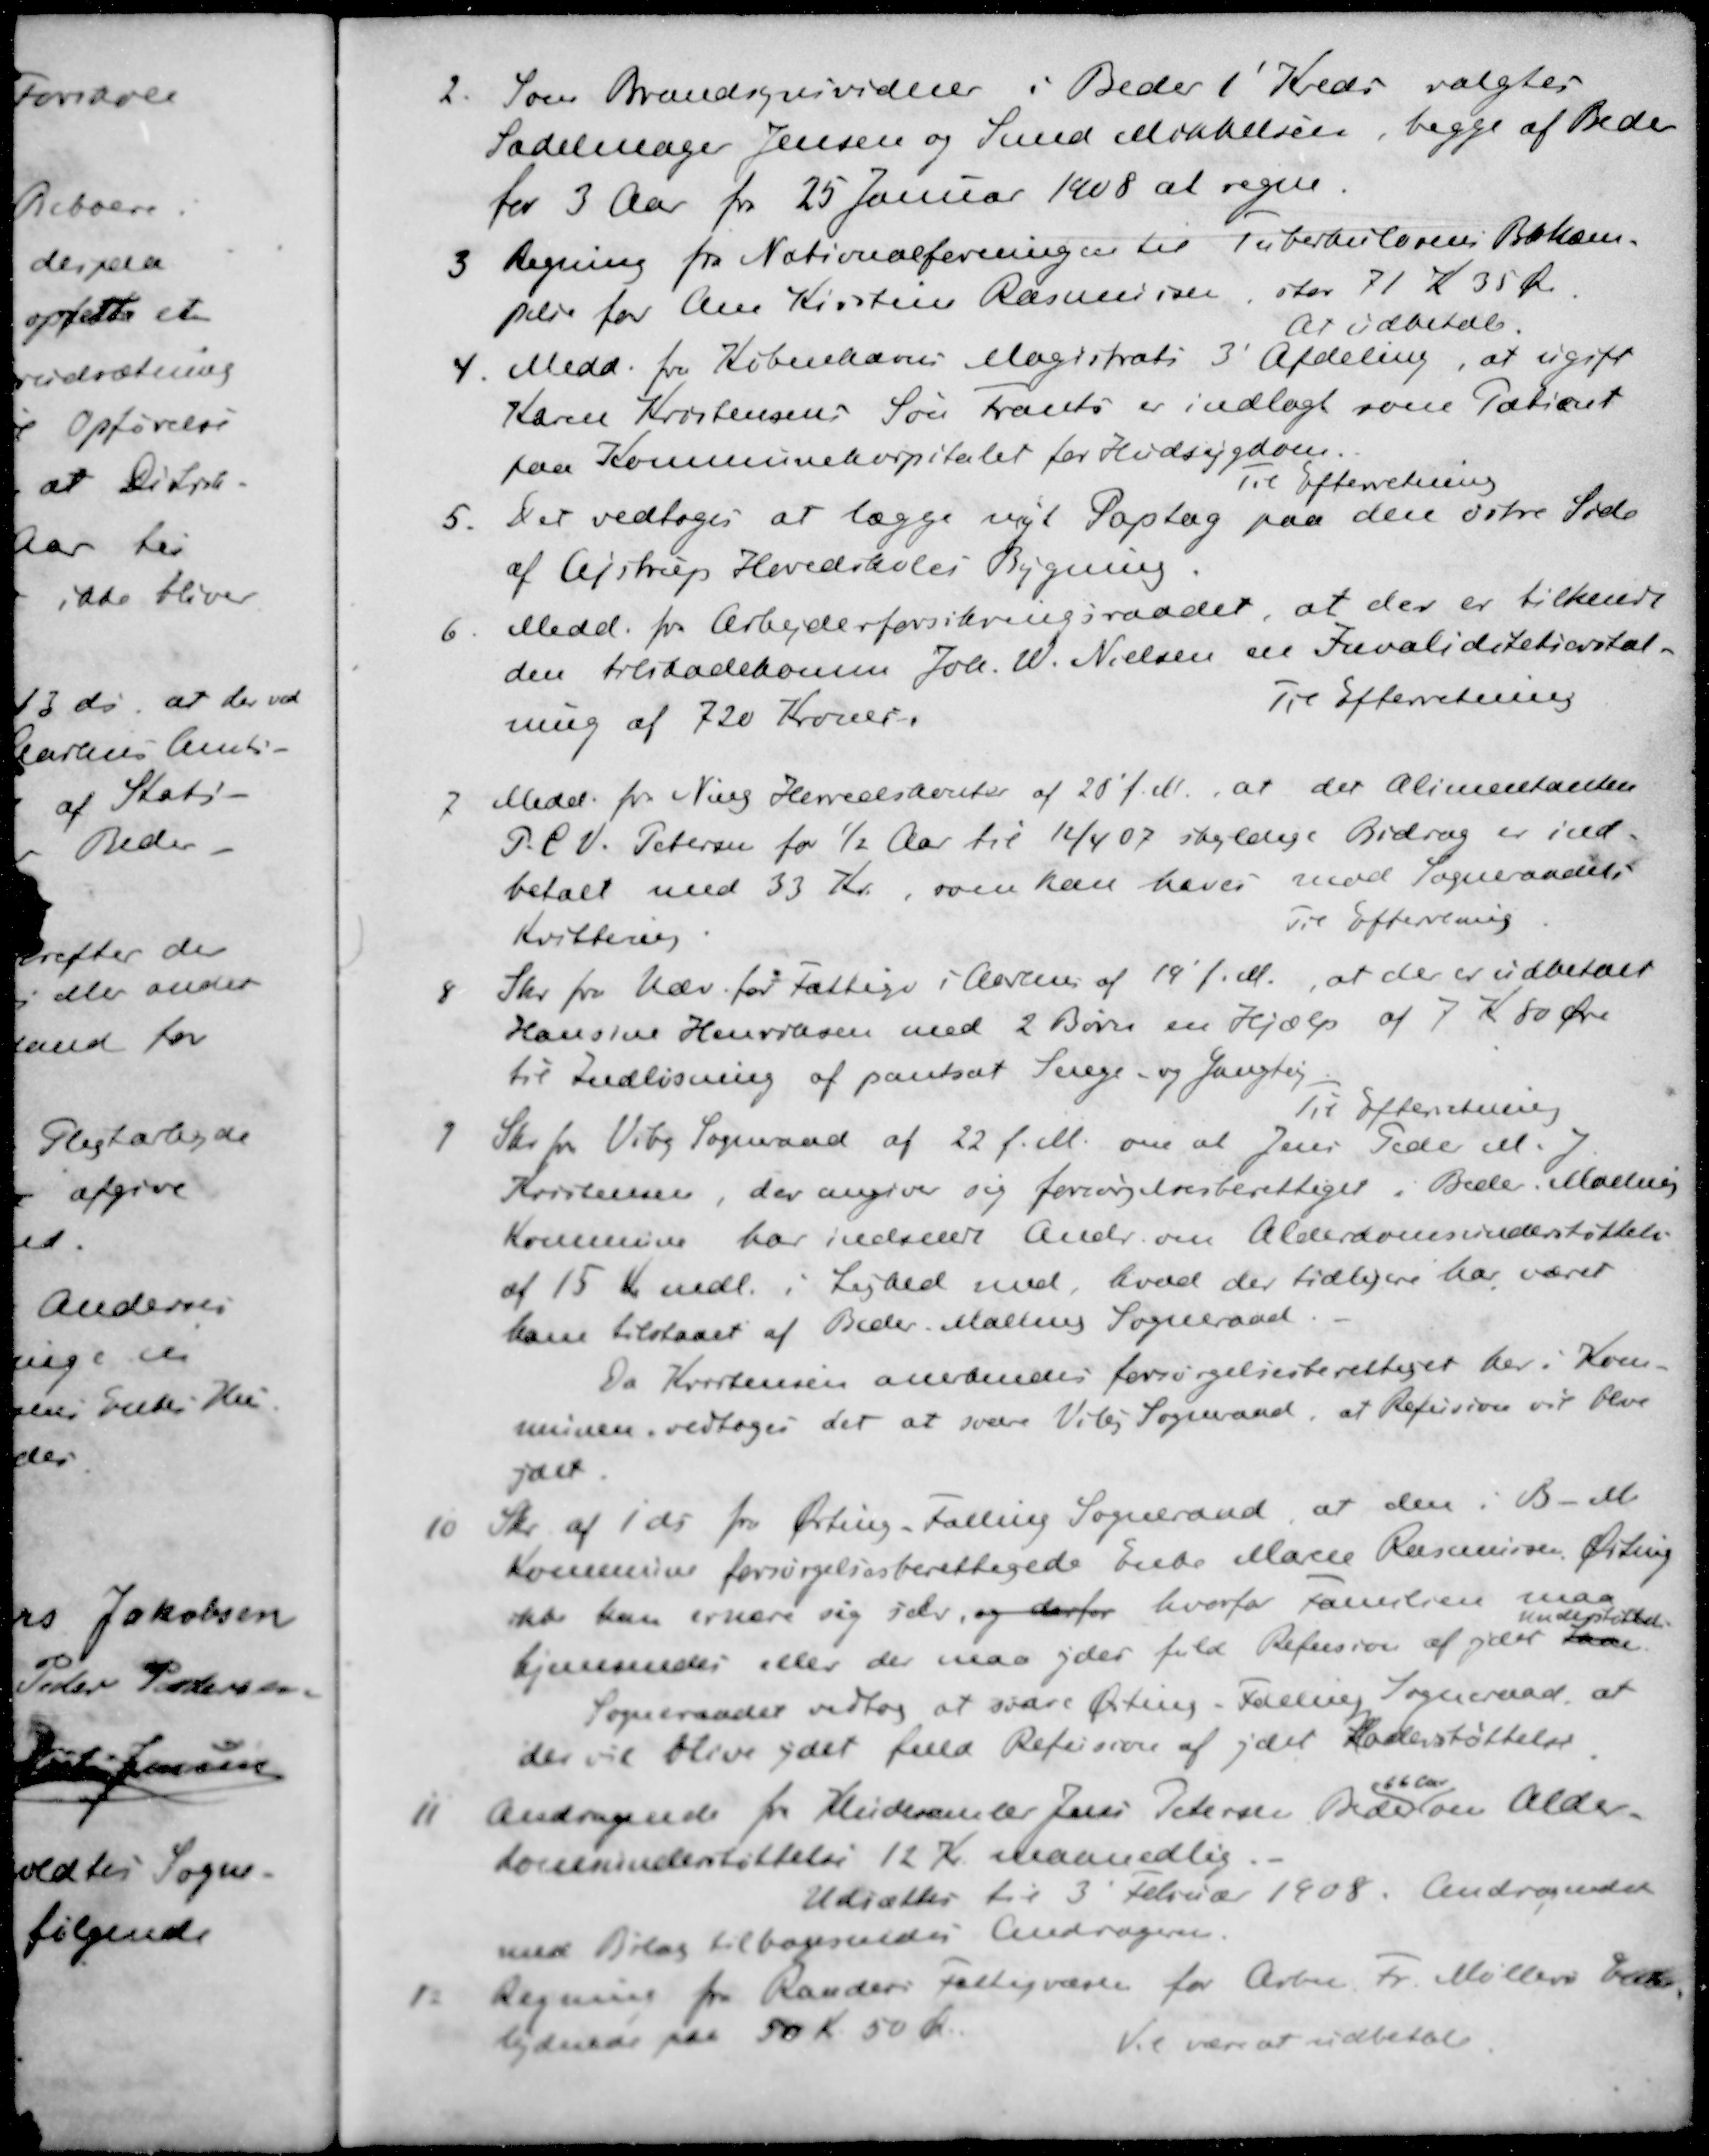
Transskription:
2. Som Brandsynsvidere i Beder 1' Kreds valgtes
Sadelmager Jensen og Smed Mikkelsen, begge af Beder
for 3 Aar fra 25 Januar 1908 at regne.
3 Regning fra Nationalforeningen til Tuberkulosens Bekæm-
pelse for Ane Kirstine Rasmussen, stor 71 K 35 Øre
At udbetale.
4. Medd. fra Københavns Magistrats 3' Afdeling, at ugift
Karen Kristensens Søn Frants er indlagt som Patient
paa Kommunehospitalet for Hudsygdom
Til Efterretning
5. Det vedtoges at lægge nyt Paptag paa den østre Side
af Alstrup Hovedskoles Bygning.
6 Medd. fra Arbejderforsikringsraadet, at der er tilkendt
den tilskadekomne Joh. W. Nielsen en Invaliditetserstat-
ning af 720 Kroner.
Til Efterretning
7 Medd. for Ning Herredskontor af 20' f.M., at det Alimentanten
P. C. V. Petersen for ½ Aar til 12/4 07 skyldige Bidrag er ind-
betalt med 33 Kr., som kan hæves mod Sogneraadets
Kvittering
Til Efterrening
8 Skr. fra Udv. for Fattige i Aarhus af 19´ f. M., at der er udbetalt
Hansine Henriksen med 2 Børn en Hjælp af 7 Kr 80 Øre
til Indløsning af pantsat Senge- og Gangtøj
Til Efterretning
9 Skr fra Viby Sogneraad af 22 f. M. om at Jens Peder M J
Kristensen, der angiver sig forsørgelsesberettiget i Beder Malling
Kommune har indsendt Andr. om Alderdomsunderstøttelse
af 15 Kr mdl. i Lighed med hvad der tidligere har været
ham tilstaaet af Beder Malling Sogneraad.
Da Kristensen anerkendes forsørgelsesberettiget her i Kom-
munen, vedtoges det at svare Viby Sogneraad, at Refusion vil blive
ydet
10 Skr af 1' ds fra Ørting-Falling Sogneraad at den i B - M
Kommune forsørgelsesberettigede Enke Marie Rasmussen, Ørting
ikke kan ernære sig selv og derfor hvorfor familien maa
Understøttes
hjemsendes eller der maa yder fuld Refusion af ydet Laa
Sogneraadet vedtog at svare Ørting-Falling Sogneraad at
der vil blive ydet fuld Refusion af ydet Understøttelse
66 Aar
11 Andragende fra Kludesamler Jens Petersen Beder om Alder-
domsunderstøttelse 12 Kr maanedlig.
Udsættes til 3 Februar 1908. Andragendet
med Bilag tilbagesendes Andrager.
12 Regning fra Randers Fattigvæsen for Arbmd. Fr. Møllers Enke
lydende paa 50 Kr 50 Kr.
Vil være at udbetale